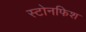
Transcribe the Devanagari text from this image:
स्टोनफिश